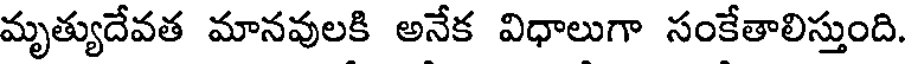
మృత్యుదేవత మానవులకి అనేక విధాలుగా సంకేతాలిస్తుంది.